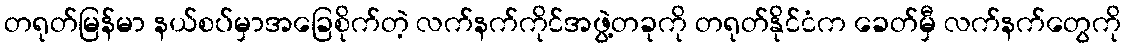
တရုတ်မြန်မာ နယ်စပ်မှာအခြေစိုက်တဲ့ လက်နက်ကိုင်အဖွဲ့တခုကို တရုတ်နိုင်ငံက ခေတ်မှီ လက်နက်တွေကို